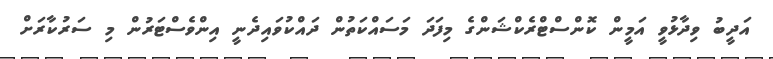
އަދީބު ވިދާޅުވީ އަމީން ކޮންސްޓްރެކްޝަންގެ މިފަދަ މަސައްކަތުން ދައްކުވައިދެނީ އިންވެސްޓަރުން މި ސަރުކާރަށް